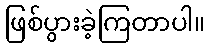
ဖြစ်ပွားခဲ့ကြတာပါ။